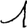
Digit: 1